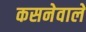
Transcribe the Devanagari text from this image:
कसनेवाले